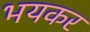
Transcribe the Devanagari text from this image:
भयकर